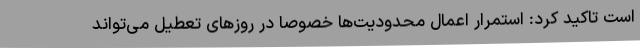
است تاکید کرد: استمرار اعمال محدودیت‌ها خصوصا در روزهای تعطیل می‌تواند